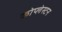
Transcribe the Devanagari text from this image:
कोप्लेस्टन